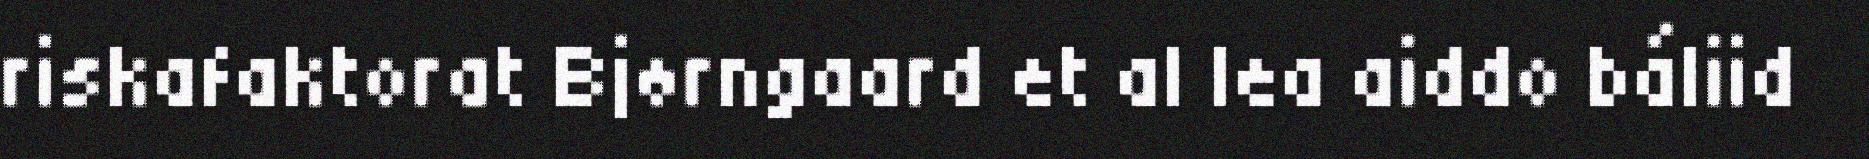
riskafaktorat Bjørngaard et al lea aiddo báliid